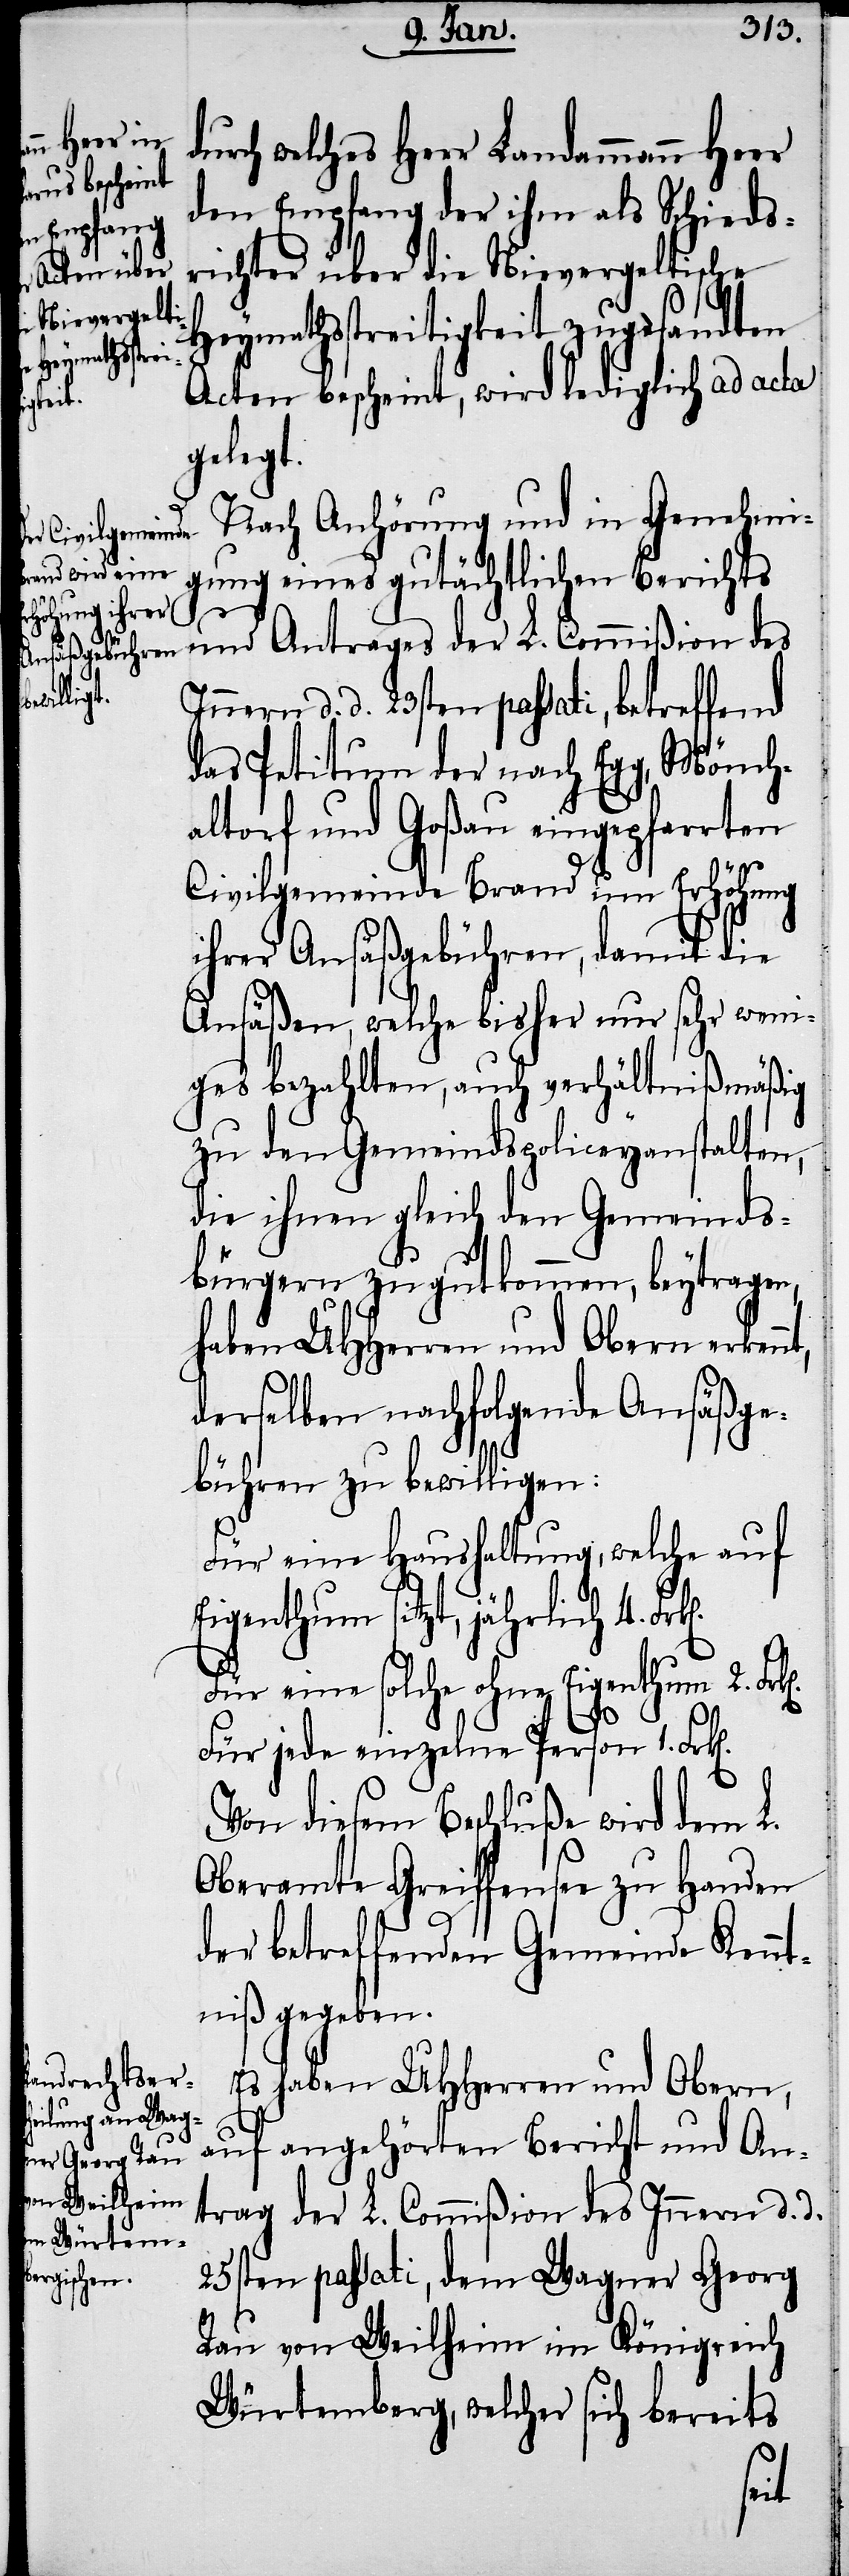
k[en].

urch welches Herr Landammann Heer
den Empfang der ihm als Schieds¬
richter über die Nievergeltische
Heymathsstreitigkeit zugesandten
Acten bescheint, wird lediglich ad acta
gelegt.
Nach Anhörung und in Genehmi¬
gung eines gutächtlichen Berichts
und Antrages der L. Commißion des
Innern d. d. 23sten passati, betreffend
das Petitum der nach Egg, Mönch¬
altorf und Goßau eingepfarrten
Civilgemeinde Brand um Erhöhung
ihrer Ansäßgebühren, damit die
Ansäßen, welche bisher nur sehr weni¬
ges bezahlten, auch verhältnißmäßig
zu den Gemeindspoliceyanstalten,
die ihnen gleich den Gemeinds¬
bürgern zu gut kommen, beytragen,
haben UHHerren und Obern erken¬
derselben nachfolgende Ansäßge¬
bühren zu bewilligen:
Für eine Haushaltung, welche auf
Eigenthum sitzt, jährlich 4. Fr¬
Für eine solche ohne Eigenthum 2.
d¬
Für jede einzelne Person 1. Frk[e¬
Von diesem Beschluße wird dem L.
Oberamte Greiffensee zu Handen
der betreffenden Gemeinde Kennt¬
niß gegeben.
Es haben UHHerren und Obern,
auf angehörten Bericht und An¬
trag der L. Commißion des Innern d. d.
25sten passati, dem Wagner Georg
Rau von Weilheim im Königreich
Würtemberg, welcher sich bereits
n].